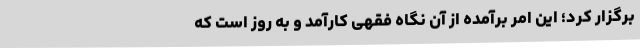
برگزار کرد؛ این امر برآمده از آن نگاه فقهی کارآمد و به روز است که